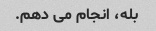
بله، انجام می دهم.